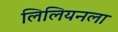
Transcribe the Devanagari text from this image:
लिलियनला